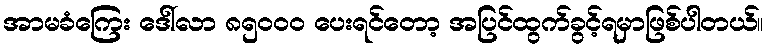
အာမခံကြေး ဒေါ်လာ ၈၅၀၀၀ ပေးရင်တော့ အပြင်ထွက်ခွင့်ရမှာဖြစ်ပါတယ်။